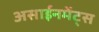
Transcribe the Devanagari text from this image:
असाईनमेंट्स